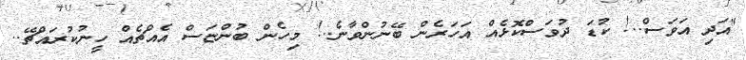
"އަދި އަވަސް..! ކުޑަ ދުވަސްކޮޅެއް އަހަރެން ބޭނުންވާނެ..! މިހެން ބުންޏަސް އެއްޗެއް ހީނުކުރައްޗޭ..